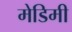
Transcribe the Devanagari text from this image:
मेडिमी